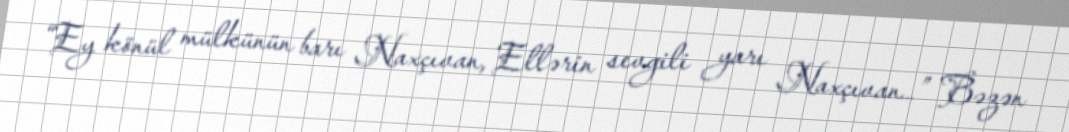
“Ey könül mülkünün barı Naxçıvan, Ellərin sevgili yarı Naxçıvan…” Bəzən